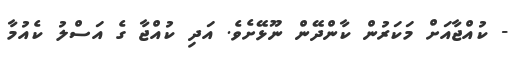
- ކުއްޖާއަށް މަކަރުން ކާންދޭން ނޫޅޭށެވެ. އަދި ކުއްޖާ ގެ އަސްލު ކެއުމާ